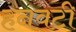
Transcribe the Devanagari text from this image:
हनवटी